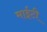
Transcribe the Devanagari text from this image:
माईटी